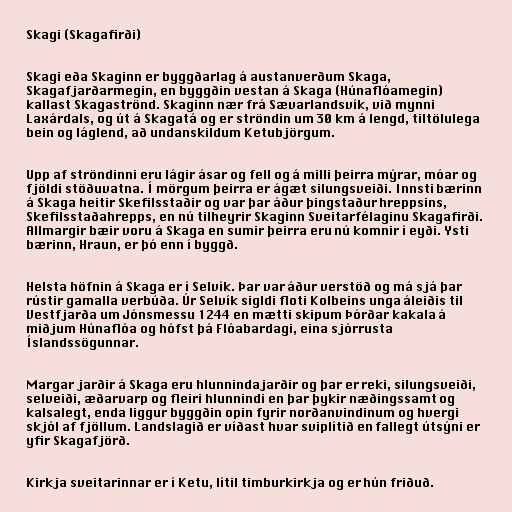
Skagi (Skagafirði)

Skagi eða Skaginn er byggðarlag á austanverðum Skaga,
Skagafjarðarmegin, en byggðin vestan á Skaga (Húnaflóamegin)
kallast Skagaströnd. Skaginn nær frá Sævarlandsvík, við mynni
Laxárdals, og út á Skagatá og er ströndin um 30 km á lengd, tiltölulega
bein og láglend, að undanskildum Ketubjörgum.

Upp af ströndinni eru lágir ásar og fell og á milli þeirra mýrar, móar og
fjöldi stöðuvatna. Í mörgum þeirra er ágæt silungsveiði. Innsti bærinn
á Skaga heitir Skefilsstaðir og var þar áður þingstaður hreppsins,
Skefilsstaðahrepps, en nú tilheyrir Skaginn Sveitarfélaginu Skagafirði.
Allmargir bæir voru á Skaga en sumir þeirra eru nú komnir í eyði. Ysti
bærinn, Hraun, er þó enn í byggð.

Helsta höfnin á Skaga er í Selvík. Þar var áður verstöð og má sjá þar
rústir gamalla verbúða. Úr Selvík sigldi floti Kolbeins unga áleiðis til
Vestfjarða um Jónsmessu 1244 en mætti skipum Þórðar kakala á
miðjum Húnaflóa og hófst þá Flóabardagi, eina sjórrusta
Íslandssögunnar.

Margar jarðir á Skaga eru hlunnindajarðir og þar er reki, silungsveiði,
selveiði, æðarvarp og fleiri hlunnindi en þar þykir næðingssamt og
kalsalegt, enda liggur byggðin opin fyrir norðanvindinum og hvergi
skjól af fjöllum. Landslagið er víðast hvar sviplítið en fallegt útsýni er
yfir Skagafjörð.

Kirkja sveitarinnar er í Ketu, lítil timburkirkja og er hún friðuð.